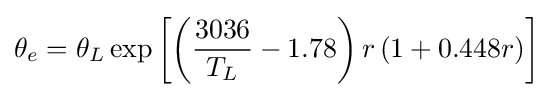
\theta _{e}=\theta _{L}\exp \left[\left({\frac {3036}{T_{L}}}-1.78\right)r\left(1+0.448r\right)\right]